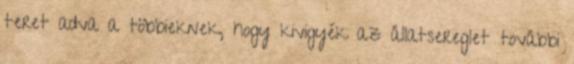
teret adva a többieknek, hogy kivigyék az állatsereglet további